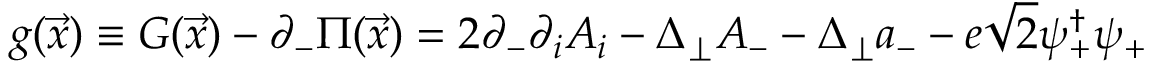
g ( { \vec { x } } ) \equiv G ( { \vec { x } } ) - \partial _ { - } \Pi ( { \vec { x } } ) = 2 \partial _ { - } \partial _ { i } A _ { i } - \Delta _ { \perp } A _ { - } - \Delta _ { \perp } a _ { - } - e \sqrt { 2 } \psi _ { + } ^ { \dagger } \psi _ { + }